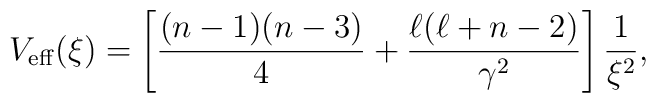
V_{\rm eff}(\xi)= \left[\frac{(n-1)(n-3)}{4}+\frac{\ell(\ell+n-2)}{\gamma^2}\right]\frac{1}{\xi^2} ,